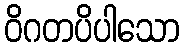
ဝိဂတပိပါသော